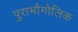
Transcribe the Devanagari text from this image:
पुराभौगोलिक